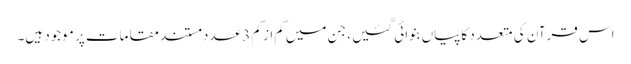
اس قرآن کی متعدد کاپیاں‌بنوائی گئیں ، جن میں‌کم از کم 3 عدد مستند مقامات پر موجود ہیں۔